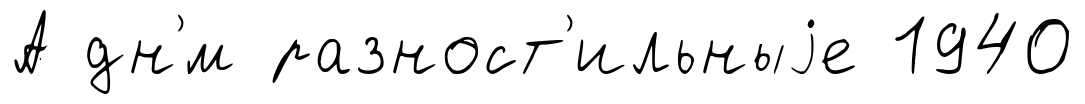
А дн'́м разност'ильныjе 1940